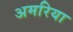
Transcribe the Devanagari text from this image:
अमरिया